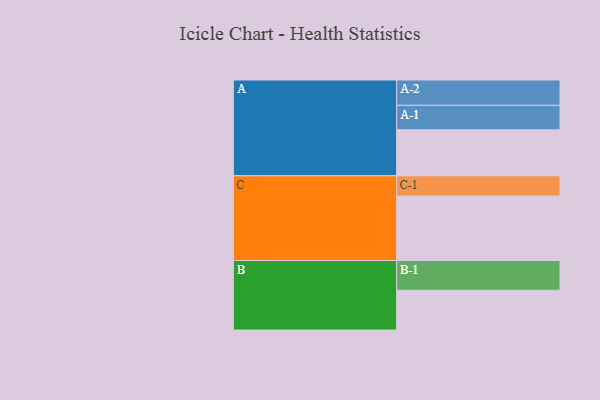
{"axis": {"x": "Segment", "y": "Value"}, "legend": ["", "A", "B", "C"], "data": [{"x": "A", "y": 427, "type": ""}, {"x": "B", "y": 369, "type": ""}, {"x": "C", "y": 598, "type": ""}, {"x": "A-1", "y": 227, "type": "A"}, {"x": "A-2", "y": 235, "type": "A"}, {"x": "B-1", "y": 276, "type": "B"}, {"x": "C-1", "y": 188, "type": "C"}]}